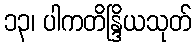
၁၃၊ ပါကတိန္ဒြိယသုတ်